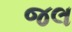
જલ